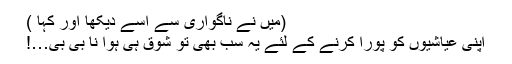
(میں نے ناگواری سے اسے دیکھا اور کہا )
اپنی عیاشیوں کو پورا کرنے کے لئے یہ سب بھی تو شوق ہی ہوا نا بی بی…!